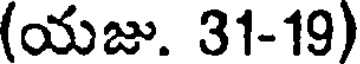
(యజు. 31-19)